Scientific memoirs by medical officers of the Army of India - Part IX,
Year: 1895
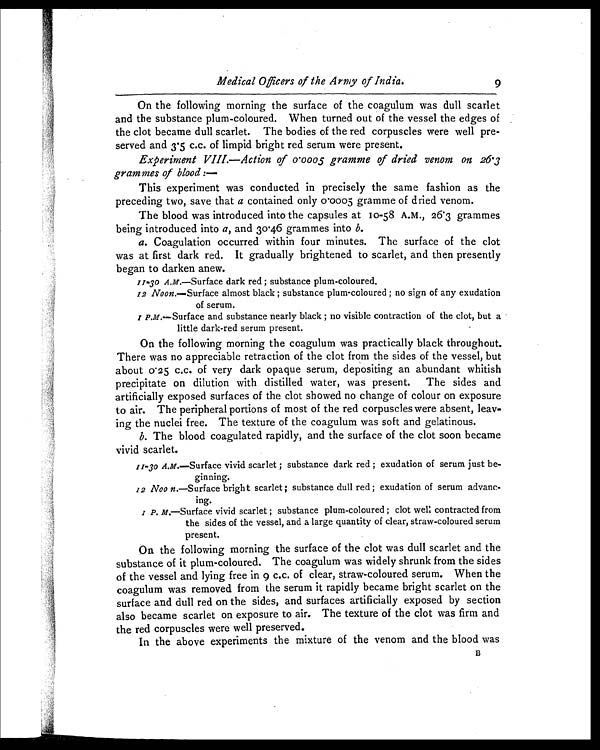
1Medical Officers of the Army of India. 9
On the following morning the surface of the coagulum was dull scarlet
and the substance plum-coloured. When turned out of the vessel the edges of
the clot became dull scarlet. The bodies of the red corpuscles were well pre
-served and 3.5 c.c. of limpid bright red serum were present.
Experiment VIII.—Action of 0.0005 gramme of dried venom on 26.3
grammes of blood:—
This experiment was conducted in precisely the same fashion as the
preceding two, save that a contained only 0.0005 gramme of dried venom.
The blood was introduced into the capsules at 10-58 A.M., 26.3 grammes
being introduced into a, and 30.46 grammes into b.
a. Coagulation occurred within four minutes. The surface of the clot
was at first dark red. It gradually brightened to scarlet, and then presently
began to darken anew.
11.30 A.M.—Surface dark red ; substance plum-coloured.
12 Noon.—Surface almost black ; substance plum-coloured ; no sign of any exudation
of serum.
1 P.M.—Surface and substance nearly black ; no visible contraction of the clot, but a
little dark-red serum present.
On the following morning the coagulum was practically black throughout.
There was no appreciable retraction of the clot from the sides of the vessel, but
about 0.25 c.c. of very dark opaque serum, depositing an abundant whitish
precipitate on dilution with distilled water, was present. The sides and
artificially exposed surfaces of the clot showed no change of colour on exposure
to air. The peripheral portions of most of the red corpuscles were absent, lea
v-ing the nuclei free. The texture of the coagulum was soft and gelatinous.
b. The blood coagulated rapidly, and the surface of the clot soon became
vivid scarlet.
11-30 A.M. —Surface vivid scarlet ; substance dark red ; exudation of serum just be
-ginning.
12 Noon. —Surface bright scarlet ; substance dull red ; exudation of serum advanc
-ing.
1 P. M.—Surface vivid scarlet ; substance plum-coloured ; clot well contracted from
the sides of the vessel, and a large quantity of clear, straw-coloured serum
present.
On the following morning the surface of the clot was dull scarlet and the
substance of it plum-coloured. The coagulum was widely shrunk from the sides
of the vessel and lying free in 9 c.c. of clear, straw-coloured serum. When the
coagulum was removed from the serum it rapidly became bright scarlet on the
surface and dull red on the sides, and surfaces artificially exposed by section
also became scarlet on exposure to air. The texture of the clot was firm and
the red corpuscles were well preserved.
In the above experiments the mixture of the venom and the blood was B